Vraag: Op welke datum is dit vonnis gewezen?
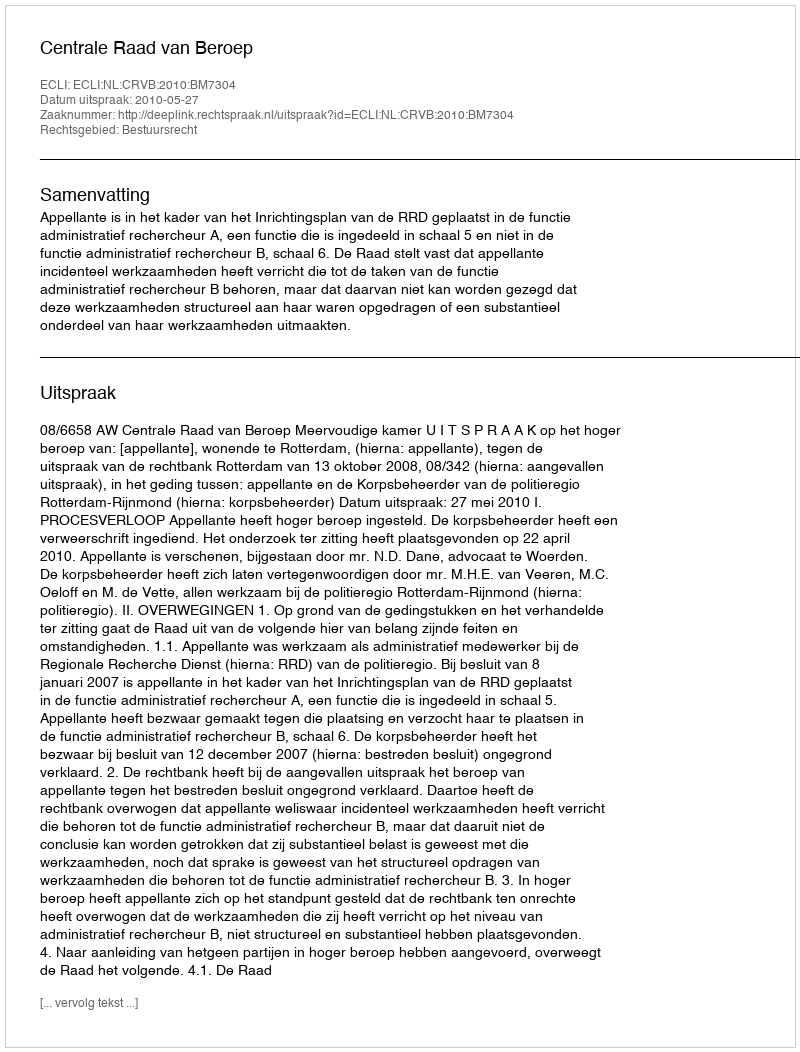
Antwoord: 2010-05-27